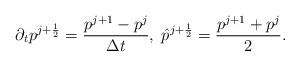
LaTeX: \begin{align*}\partial_t p^{j+\frac{1}{2}}=\frac{p^{j+1}-p^j}{\Delta t},\;\hat{p}^{j+\frac{1}{2}}=\frac{p^{j+1}+p^j}{2}.\end{align*}